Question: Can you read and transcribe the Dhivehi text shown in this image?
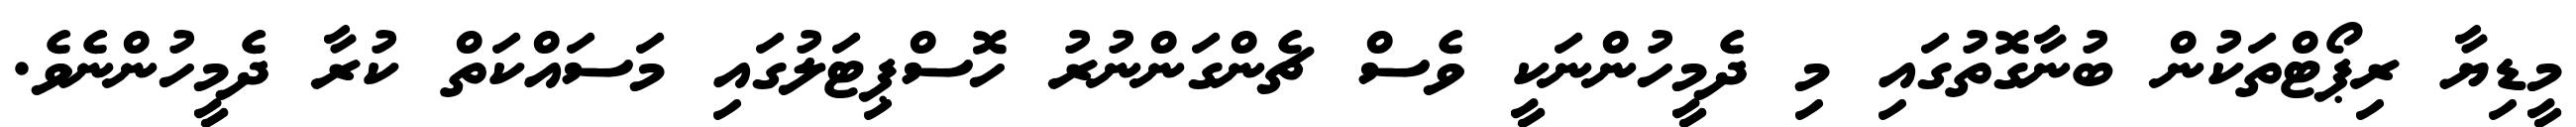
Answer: މީޑިޔާ ރިޕޯޓްތަކުން ބުނާގޮތުގައި މި ދެމީހުންނަކީ ވެސް ޗެންގަންނުރު ހޮސްޕިޓަލުގައި މަސައްކަތް ކުރާ ދެމީހުންނެވެ.